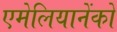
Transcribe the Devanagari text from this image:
एमेलियानेंको